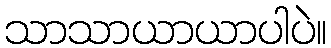
သာသာယာယာပါပဲ။